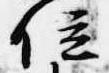
位